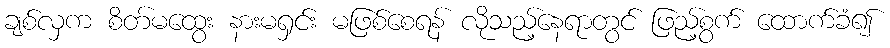
ချစ်လှက စိတ်မထွေး နားမရှင်း မဖြစ်စေရန် လိုသည့်နေရာတွင် ဖြည့်စွက် ထောက်ခံ၍